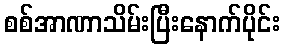
စစ်အာဏာသိမ်းပြီးနောက်ပိုင်း